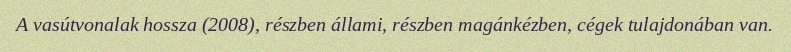
A vasútvonalak hossza (2008), részben állami, részben magánkézben, cégek tulajdonában van.